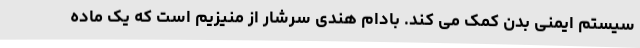
سیستم ایمنی بدن کمک می کند. بادام هندی سرشار از منیزیم است که یک ماده